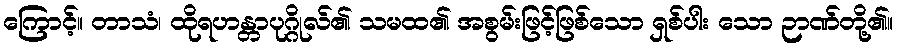
ကြောင့်။ တာသံ၊ ထိုရဟန္တာပုဂ္ဂိုလ်၏ သမထ၏ အစွမ်းဖြင့်ဖြစ်သော ရှစ်ပါး သော ဉာဏ်တို့၏။